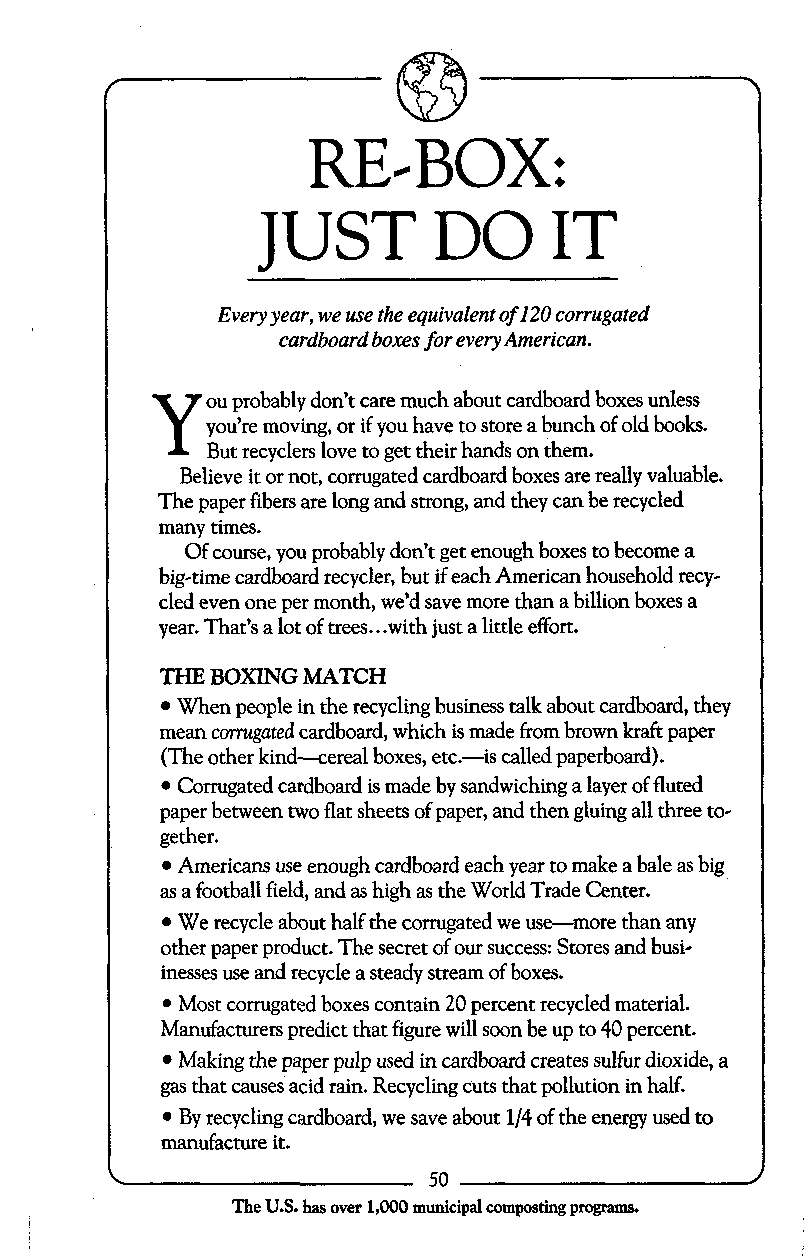
REcBOX:
 JUST        DO      IT
 Every year, we use the equivalent of 120 corrugated
 cardboard boxes for every American.
 Y   ou probably don’t care much about cardboard boxes unless
 you’re moving, or if you have to store a bunch of old books.
 But recyclers love to get their hands on them.
 Believe it or not, corrugated cardboard boxes are really valuable.
 The paper fibers are long and strong, and they can be recycled
 many times.
 Ofc ourse, you probably don’t get enough boxes to become a
 big-time cardboard recycler, but if each American household recy-
 cled even one per month, we’d save more than a billion boxes a
 ...
 year. That’s a lot of trees with just a little effort.
 TZIE BOXING MATCH
 When people in the recycling business talk about cardboard, they
 mean corrugated cardboard, which is made from brown kraft paper
 (The other kind-cereal boxes, etc.-is called paperboard).
 Corrugated cardboard is made by sandwiching a layer of fluted
 paper between two flat sheets of paper, and then gluing all three to-
 gether.
 Americans use enough cardboard each year to make a bale as big
 as a football field, and as high as the World Trade Center.
 We recycle about half the corrugated we use-more than any
 other paper product. The secret of our success: Stores and busi-
 inesses use and recycle a steady stream of boxes.
 Most corrugated boxes contain 20 percent recycled material.
 Manufacturers predict that figure will soon be up to 40 percent.
 Making the paper pulp used in cardboard creates sulfur dioxide, a
 gas that causes acid rain. Recycling cuts that pollution in half.
 By recycling cardboard, we save about 1/4 of the energy used to
 manufacture it.
 50
 The U.S. has over 1,000 municipal composting program&